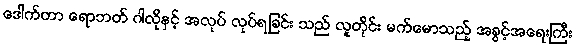
ဒေါက်တာ ရောဘတ် ဂါလိုနှင့် အလုပ် လုပ်ရခြင်း သည် လူတိုင်း မက်မောသည့် အခွင့်အရေးကြီး